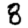
Digit: 8